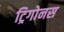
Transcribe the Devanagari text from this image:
ट्रिगोनस